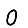
Digit: 0